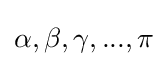
\alpha ,\beta ,\gamma ,...,\pi